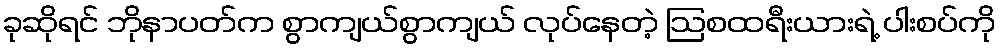
ခုဆိုရင် ဘိုနာပတ်က စွာကျယ်စွာကျယ် လုပ်နေတဲ့ ဩစထရီးယားရဲ့ ပါးစပ်ကို